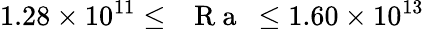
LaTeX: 1.28\times 10^{11}\leq\mathrm{~\textit~{~R~a~}~}\leq 1.60\times 10^{13}